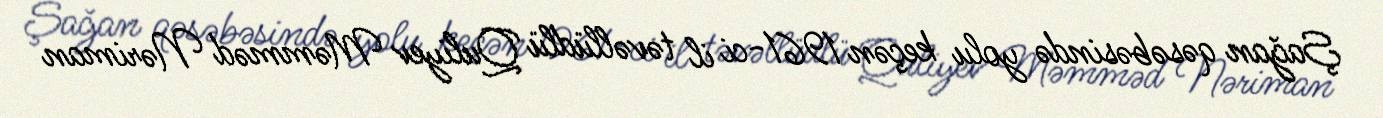
Şağan qəsəbəsində yolu keçən 1961-ci il təvəllüdlü Quliyev Məmməd Nəriman